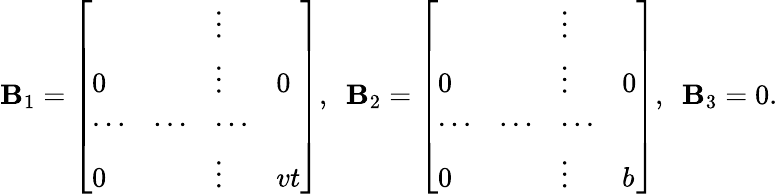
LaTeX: \mathbf{B}_{1}=\left[\begin{array}{llll}{{}}&{{}}&{{\vdots}}&{{}}\\ {{0}}&{{}}&{{\vdots}}&{{0}}\\ {{\cdots}}&{{\cdots}}&{{\cdots}}&{{}}\\ {{0}}&{{}}&{{\vdots}}&{{vt}}\end{array}\right],\ \ \mathbf{B}_{2}=\left[\begin{array}{llll}{{}}&{{}}&{{\vdots}}&{{}}\\ {{0}}&{{}}&{{\vdots}}&{{0}}\\ {{\cdots}}&{{\cdots}}&{{\cdots}}&{{}}\\ {{0}}&{{}}&{{\vdots}}&{{b}}\end{array}\right],\ \ \mathbf{B}_{3}=0.